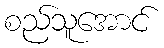
စည်သူအောင်